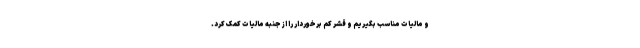
و مالیات مناسب بگیریم و قشر کم برخوردار را از جنبه مالیات کمک کرد.